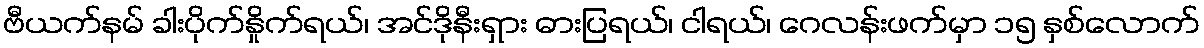
ဗီယက်နမ် ခါးပိုက်နှိုက်ရယ်၊ အင်ဒိုနီးရှား ဓားပြရယ်၊ ငါရယ်၊ ဂေလန်းဖက်မှာ ၁၅ နှစ်လောက်